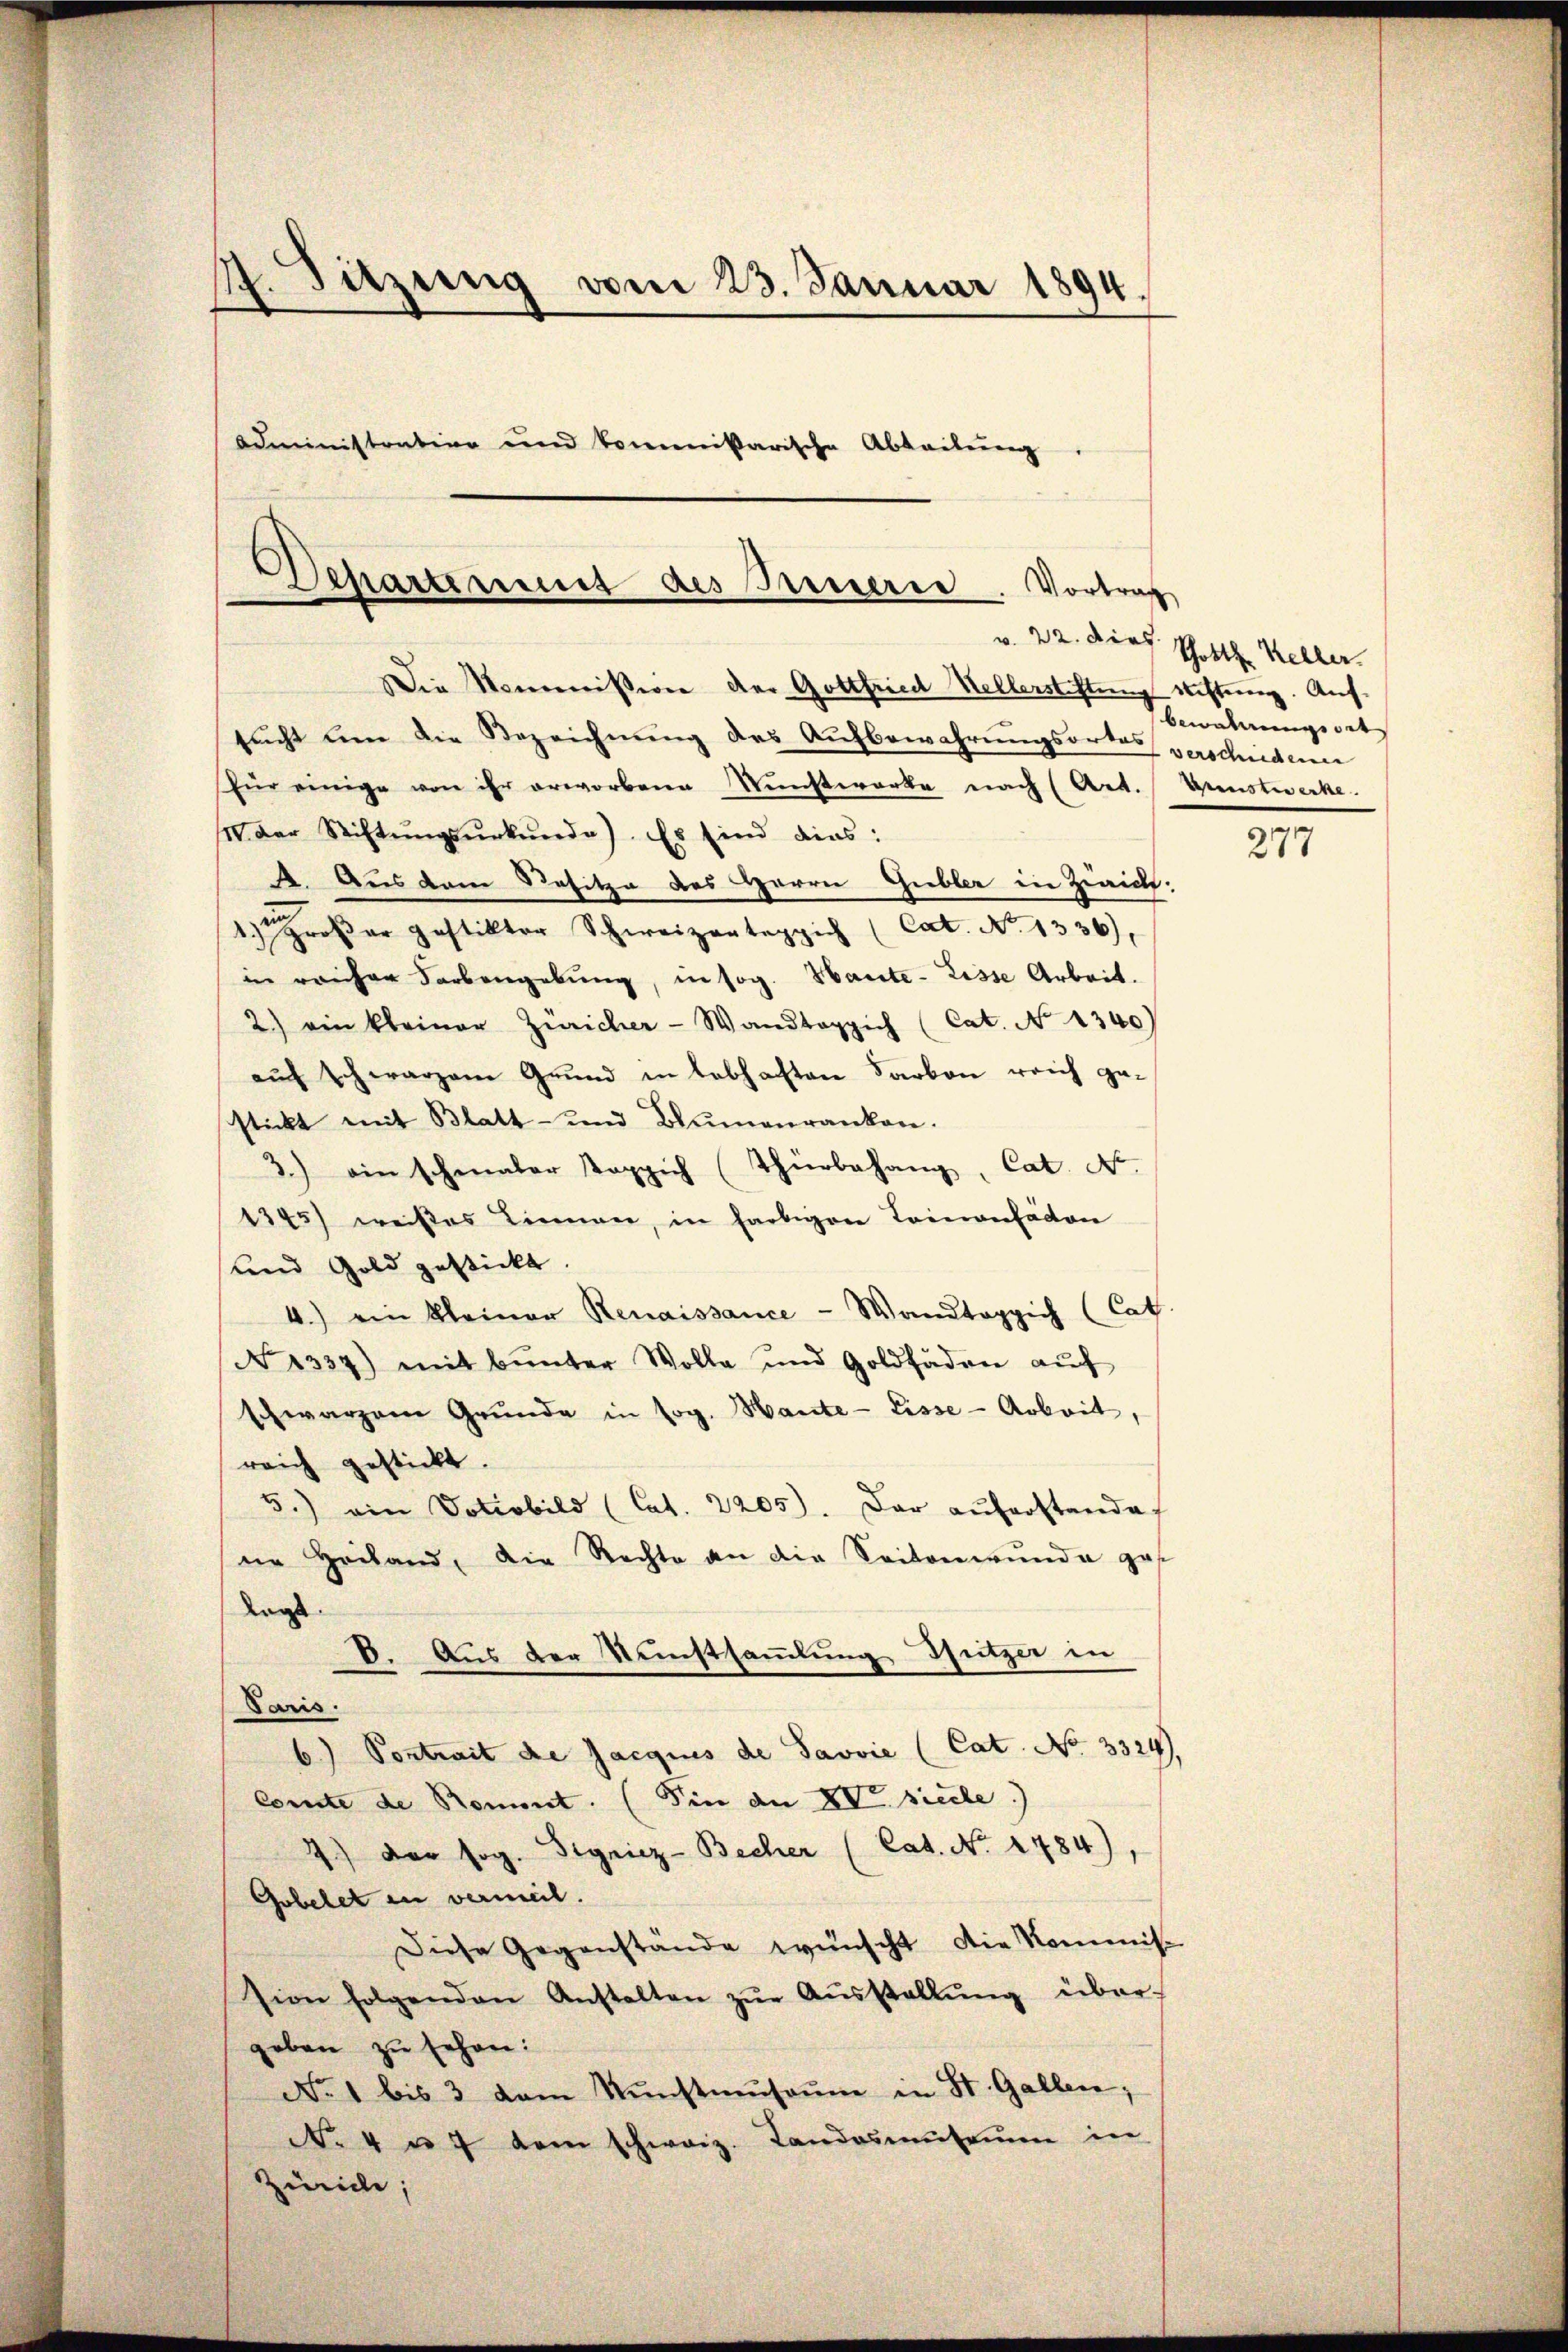
4. Sitzung vom 23. Januar 1894.
Administration und kommißarische Abteilung

Departement des Bernern. Vortrag

Die Kommission der Gottfried Kellerstiftung sichtung. Aufsucht um die Bezeichnung des Aufbewahrungsortes verschiedenen
Für einige von ihr erworbene Kunstwerke nach (Art. Kunstwerke
I der Stiftŭngsŭrkŭnde). Es sind dies:
4. Aus dem Besitze des Herrn Gubler in Zwaick:
oβer postiktor Schweizteppich (Cat. No 1336),
in reicher Farbengebung, in sog. Haute - Lisse Arbeit.
2) ein kleiner Züricher - Wandteppich (Cat. No 1340)
auf schwarzem Grund in lebhaften Sarbon reich gestickt mit Blatt- und Blŭmenranken.
3.) ein schenaler Teppich (Thürbehang, Cat. N.
1345) weißes Linnen, in farbigen Commenfäden
und Gold gestickt.
4.) ein kleiner Renaissance - Wandteppich (Cat
No 1337) mit bunter Wolle und Goldfäden aŭf
Ehwarzen Grŭnde in sog. Hante-Eisse - Arbeit,
reich gestickt.
5.) ein Votisbild (Cat. 2205). Dar aŭferstande
ne Heiland, die Rechte an die Seitenwunde ges
dage
6. Aus der Kunstsammlung, Hitzer in
Paris.
6) Pontrait de Jacquis de Savvie (Cat. No 3324
Comte de Roment. (Vin an XV siedle.)
7) der sog. Signiez-Becher (Cat. No. 1784),
Gobetet in verweil.
Diese Gegenstände wünscht die Kommiss
sion folgenden Anstalten zŭr Aŭsstellŭng über-
geben zu sehen:
No. 1 bis 3 dem Kŭnstmŭsaŭm in St. Gallen;
No 4 u. 7 dem schweiz. Landosmutti in
Zürich;

v. 22. Dies Gott Keller.
bewahrungssit

277